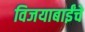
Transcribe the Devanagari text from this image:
विजयाबाईंचे